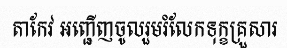
តាកែវ អញ្ជើញចូលរួមរំលែកទុក្ខគ្រួសារ